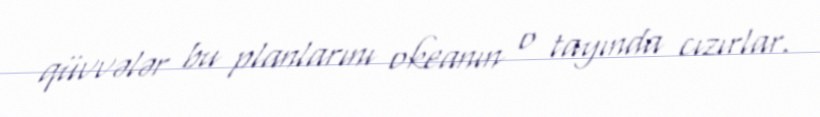
qüvvələr bu planlarını okeanın o tayında cızırlar.